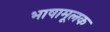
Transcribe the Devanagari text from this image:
भाषामूलक